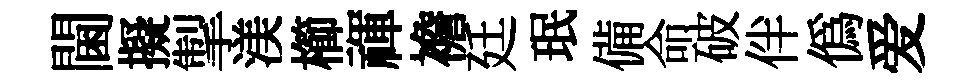
閫擬掣渼櫛禈襜廷珉備命破伴偽爱